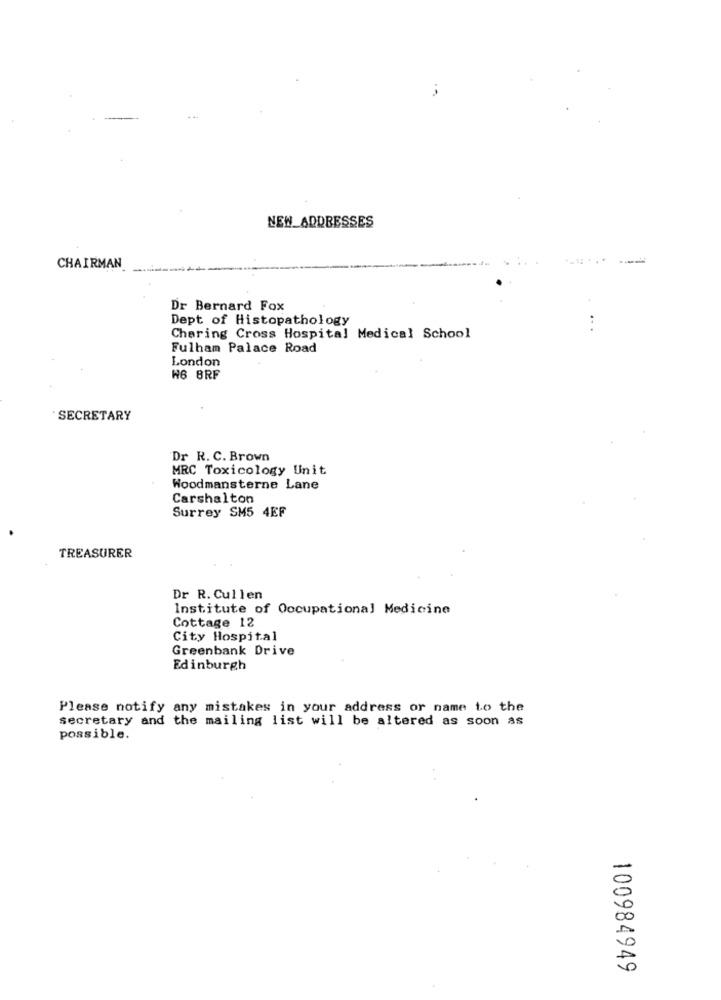
NEW_ADDRESSES
CHAIRMAN
Dr Bernard Fox
Dept of Histopathology
Charing Cross Hospital Medical School
Fulham Palace Road
London
W6 8RF
· SECRETARY
Dr R. C. Brown
MRC Toxicology Unit
Woodmansterne Lane
Carshalton
Surrey SM5 4EF
TREASURER
Dr R. Cullen
Institute of Occupational Medicine
Cottage 12
City Hospital
Greenbank Drive
Edinburgh
Please notify any mistakes in your address or name to the
secretary and the mailing list will be altered as soon as
possible.
100984949